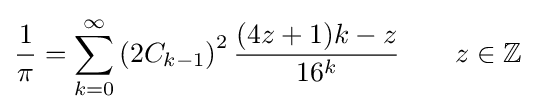
{\frac {1}{\pi }}=\sum _{k=0}^{\infty }\left(2C_{k-1}\right)^{2}{\frac {(4z+1)k-z}{16^{k}}}\qquad z\in \mathbb {Z}